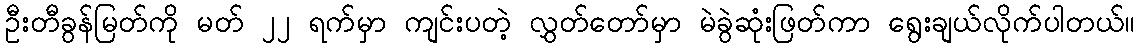
ဦးတီခွန်မြတ်ကို မတ် ၂၂ ရက်မှာ ကျင်းပတဲ့ လွှတ်တော်မှာ မဲခွဲဆုံးဖြတ်ကာ ရွေးချယ်လိုက်ပါတယ်။